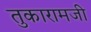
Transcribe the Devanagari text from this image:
तुकारामजी